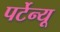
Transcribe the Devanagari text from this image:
पर्टेन्यू